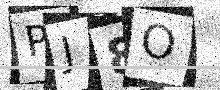
Text: PJ8O